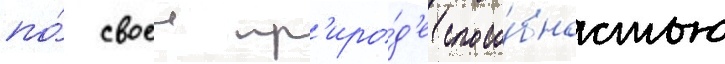
по́ своеи пр'иро́д'е спосо́бностью